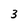
Character: 3